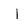
Character: I